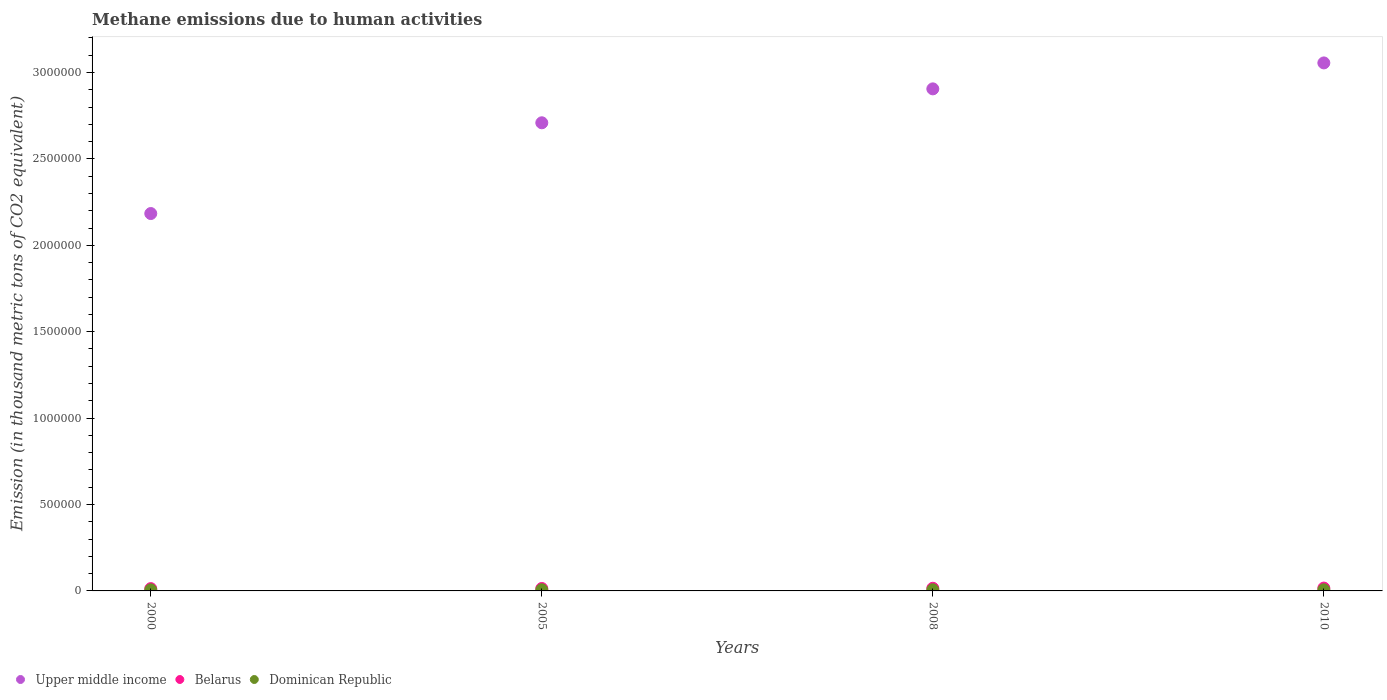
| Years | Upper middle income | Belarus | Dominican Republic |
 | --- | --- | --- | --- |
 | 2000 | 2.18e+06 | 1.33e+04 | 6.24e+03 |
 | 2005 | 2.71e+06 | 1.4e+04 | 6.69e+03 |
 | 2008 | 2.91e+06 | 1.53e+04 | 6.73e+03 |
 | 2010 | 3.06e+06 | 1.64e+04 | 6.73e+03 |